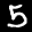
Label: 5